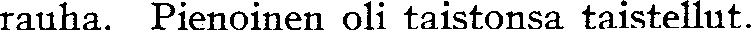
rauha. Pienoinen oli taistonsa taistellut.